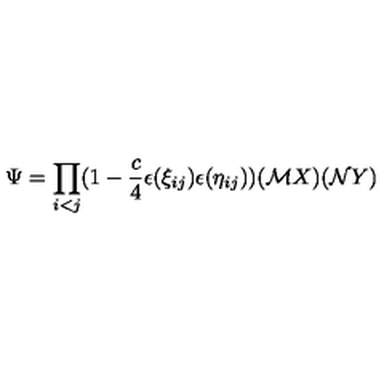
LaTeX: \Psi = \prod _ { i < j } ( 1 - \frac { c } { 4 } \epsilon ( \xi _ { i j } ) \epsilon ( \eta _ { i j } ) ) ( { \cal M } X ) ( { \cal N } Y )